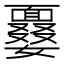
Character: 𩈽